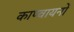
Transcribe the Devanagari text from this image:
काण्वायनों